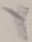
Text: Y